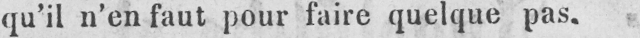
qu’il n’en faut pour faire quelque pas.